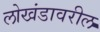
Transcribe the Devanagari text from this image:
लोखंडावरील